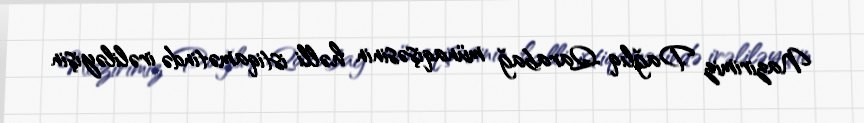
Nazirimiz Dağlıq Qarabağ münaqişəsinin həlli istiqamətində irəliləyişin